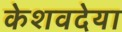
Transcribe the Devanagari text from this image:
केशवदेया